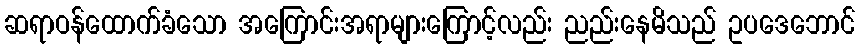
ဆရာဝန်ထောက်ခံသော အကြောင်းအရာများကြောင့်လည်း ညည်းနေမိသည် ဥပဒေဘောင်